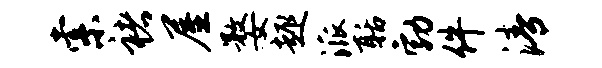
索褚屋婺趣派聒勃件清